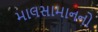
માલસામાનનો